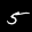
Label: 5